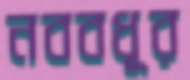
নববধূর